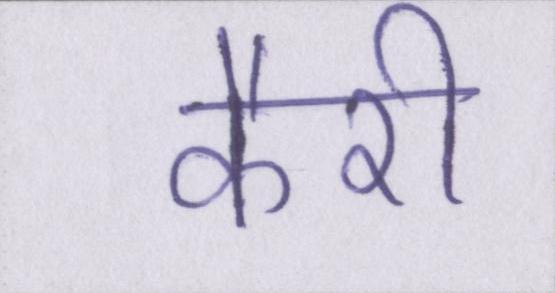
कैरी